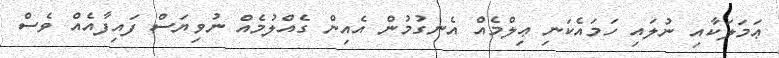
ޢަމަލަކާއި ނުލައި ހަމައެކަނި ޢިލްމެއް އެނގުމުން އެއިން ގެއްލުމެއް ނުވިޔަސް ފައިފާއެއް ވެސް